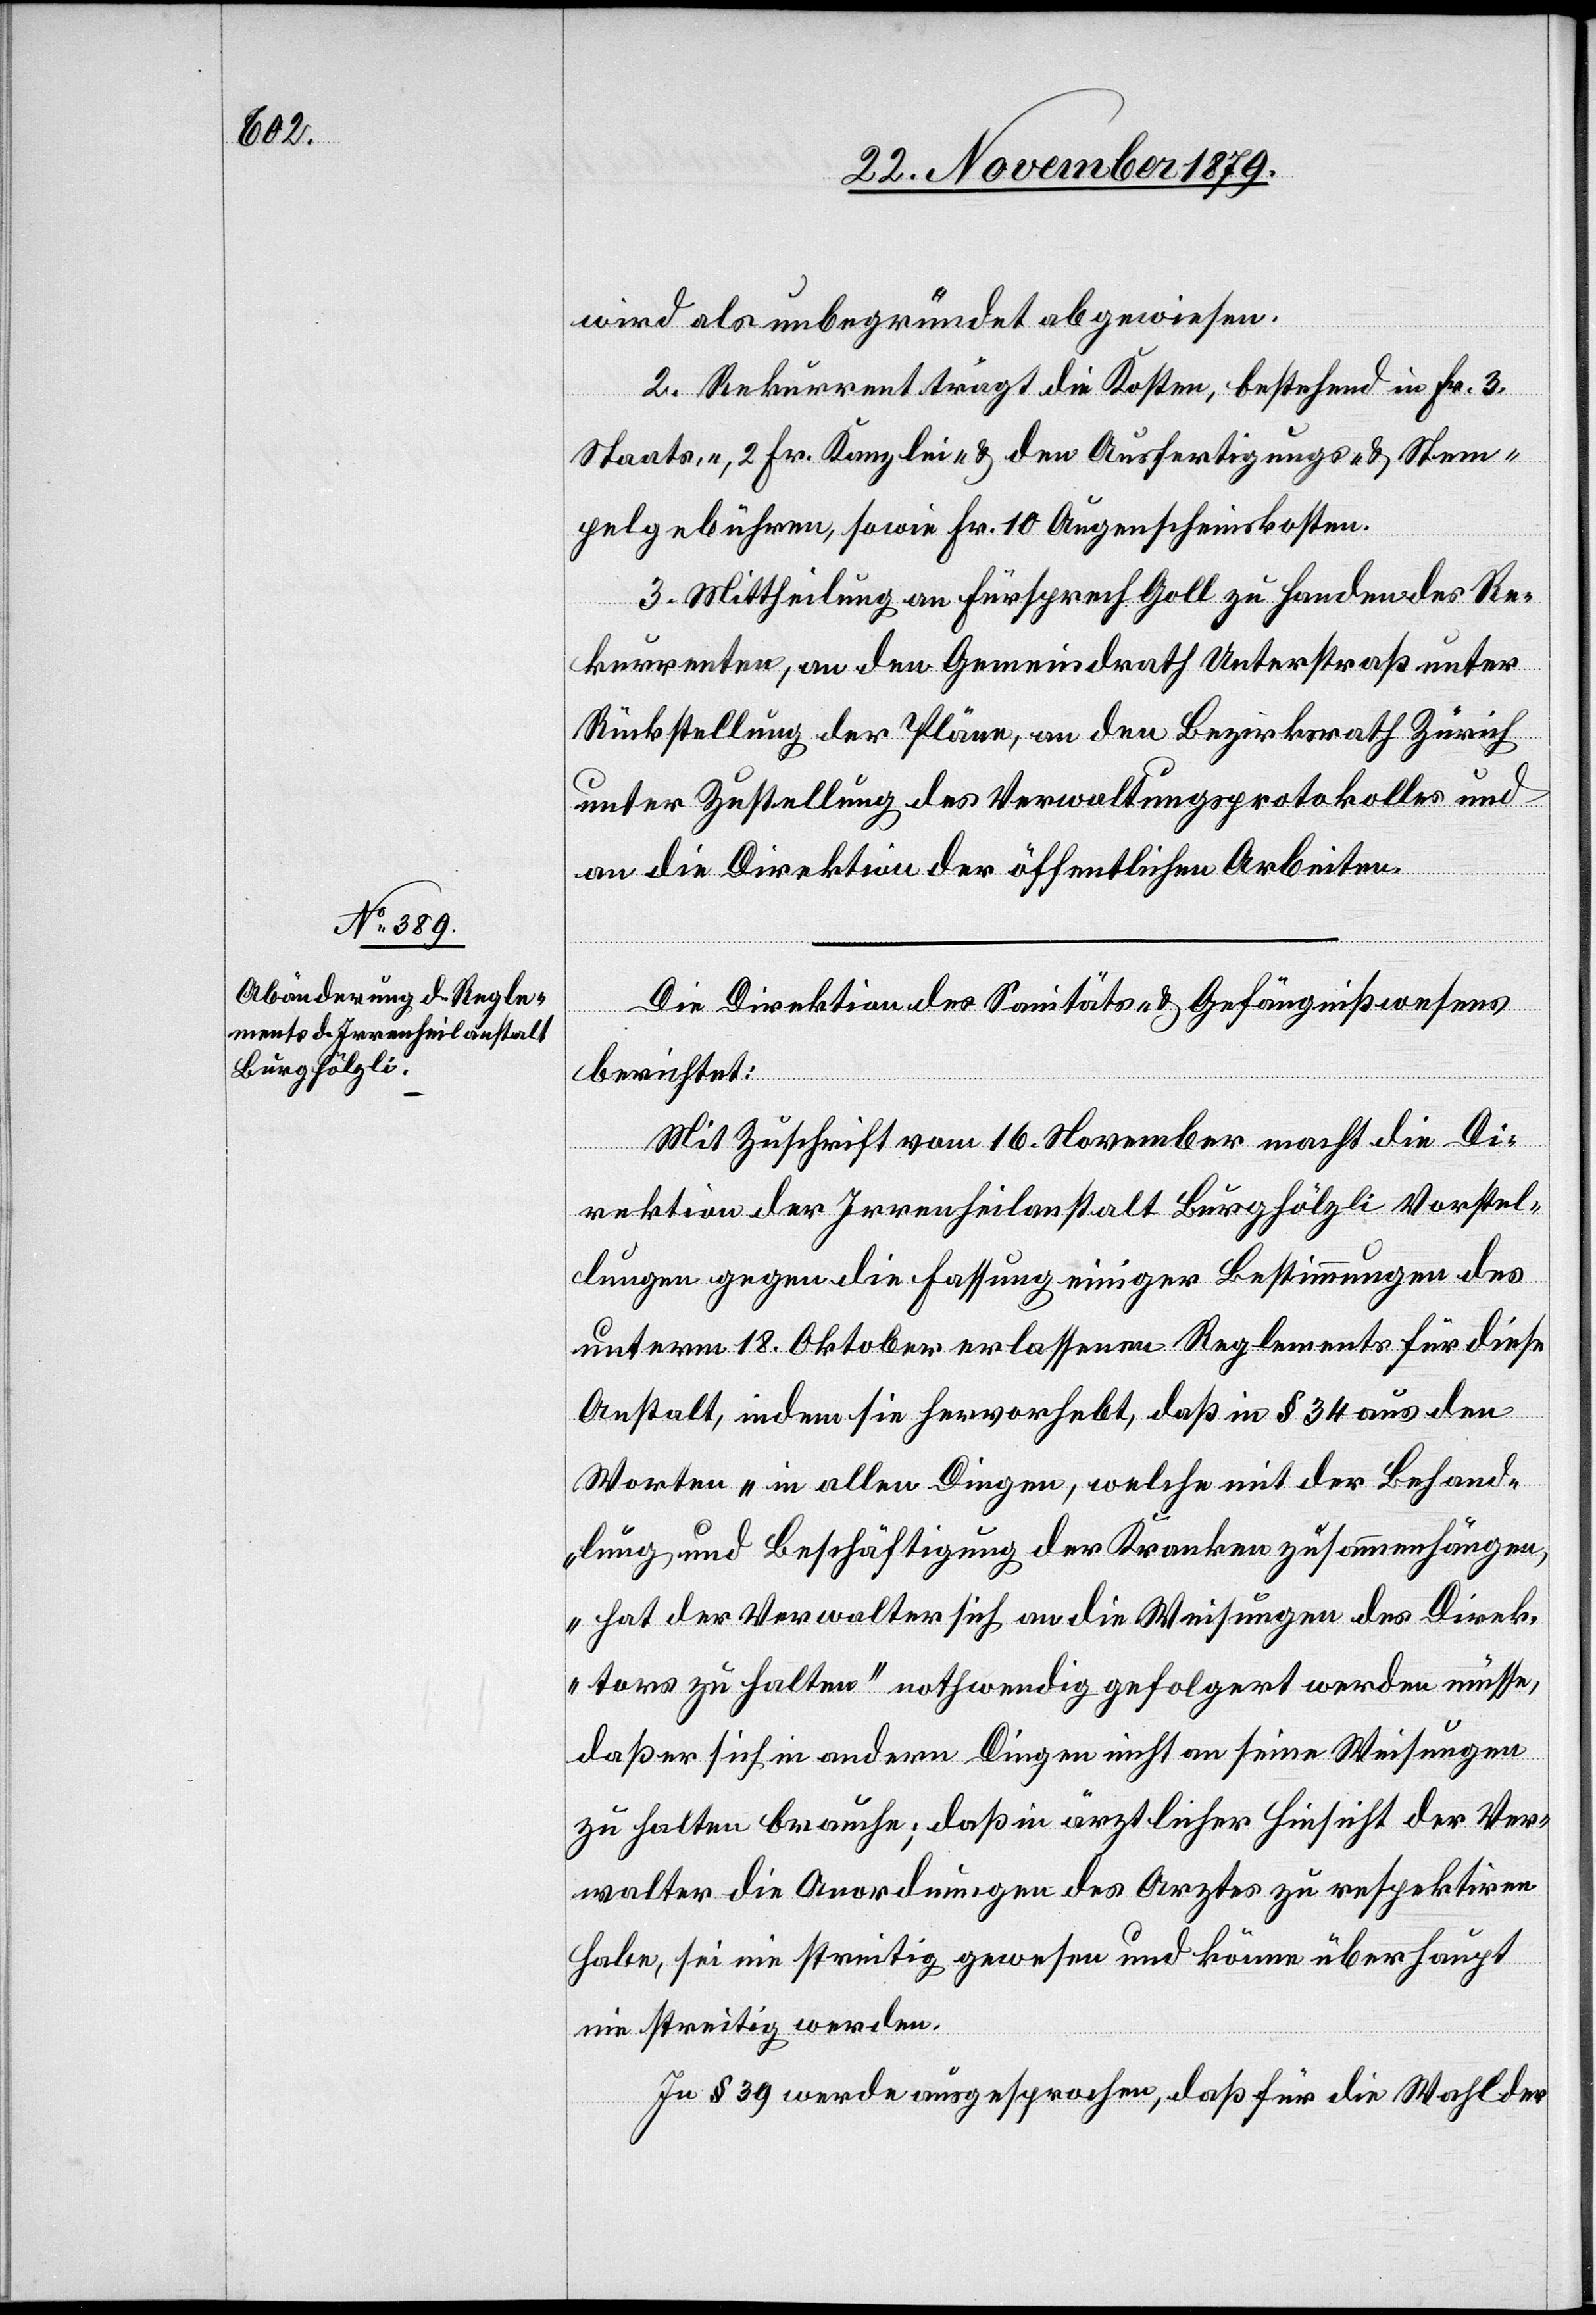
Die Direktion des Sanitäts- & Gefängnißwesens
berichtet:
Mit Zuschrift vom 16. November macht die Di¬
rektion der Irrenheilanstalt Burghölzli Vorstel¬
lungen gegen die Fassung einiger Bestimmungen des
unterm 18. Oktober erlassenen Reglements für diese
Anstalt, indem sie hervorhebt, daß in § 34 aus den
Worten „in allen Dingen, welche mit der Behand¬
lung und Beschäftigung der Kranken zusammenhängen,
hat der Verwalter sich an die Weisungen des Direk¬
tors zu halten“ nothwendig gefolgert werden müsste,
daß er sich in andern Dingen nicht an seine Weisungen
zu halten bräuche; daß in ärztlicher Hinsicht der Ver¬
walter die Anordnungen des Arztes zu respektiren
habe, sei nie streitig gewesen und könne überhaupt
nie streitig werden.
In § 39 werde ausgesprochen, daß für die Wahl der